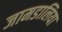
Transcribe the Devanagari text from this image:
जामडालिया